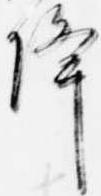
降